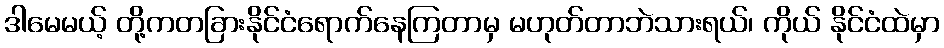
ဒါမေမယ့် တို့ကတခြားနိုင်ငံရောက်နေကြတာမှ မဟုတ်တာဘဲသားရယ်၊ ကိုယ် နိုင်ငံထဲမှာ